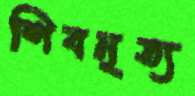
শিবনৃত্য